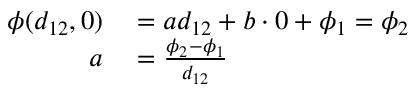
\begin{array} { r l } { \phi ( d _ { 1 2 } , 0 ) } & { { } = a d _ { 1 2 } + b \cdot 0 + \phi _ { 1 } = \phi _ { 2 } } \\ { a } & { { } = \frac { \phi _ { 2 } - \phi _ { 1 } } { d _ { 1 2 } } } \end{array}